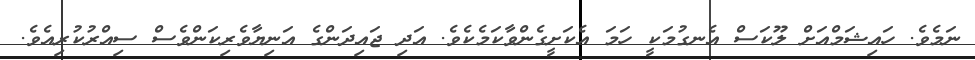
ނަމެވެ. ހައިޝަމްއަށް ލޫކަސް އެނގުމަކީ ހަމަ އެކަށީގެންވާކަމެކެވެ. އަދި ޖައިދަންގެ އަނިޔާވެރިކަންވެސް ސިއްރުކުރިއެވެ.